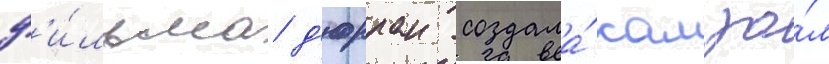
ф'и́льма д'юрран создала́ камзо́л